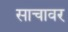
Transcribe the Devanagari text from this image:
साचावर